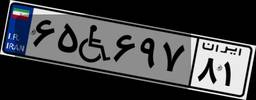
۱۲W۶۸۱۶۰